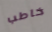
خاطب